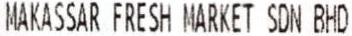
MAKASSAR FRESH MARKET SDN BHD